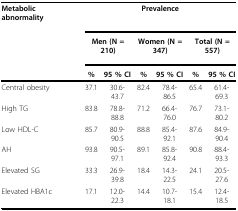
<table><thead><tr><td><b>Metabolic abnormality</b></td><td colspan="6"><b>Prevalence</b></td></tr><tr><td></td><td colspan="2"><b>Men (N = 210)</b></td><td colspan="2"><b>Women (N = 347)</b></td><td colspan="2"><b>Total (N = 557)</b></td></tr><tr><td></td><td><b>%</b></td><td><b>95 % CI</b></td><td><b>%</b></td><td><b>95 % CI</b></td><td><b>%</b></td><td><b>95 % CI</b></td></tr></thead><tbody><tr><td>Central obesity</td><td>37.1</td><td>30.6-43.7</td><td>82.4</td><td>78.4-86.5</td><td>65.4</td><td>61.4-69.3</td></tr><tr><td>High TG</td><td>83.8</td><td>78.8-88.8</td><td>71.2</td><td>66.4-76.0</td><td>76.7</td><td>73.1-80.2</td></tr><tr><td>Low HDL-C</td><td>85.7</td><td>80.9-90.5</td><td>88.8</td><td>85.4-92.1</td><td>87.6</td><td>84.9-90.4</td></tr><tr><td>AH</td><td>93.8</td><td>90.5-97.1</td><td>89.1</td><td>85.8-92.4</td><td>90.8</td><td>88.4-93.3</td></tr><tr><td>Elevated SG</td><td>33.3</td><td>26.9-39.8</td><td>18.4</td><td>14.3-22.5</td><td>24.1</td><td>20.5-27.6</td></tr><tr><td>Elevated HBA1c</td><td>17.1</td><td>12.0-22.3</td><td>14.4</td><td>10.7-18.1</td><td>15.4</td><td>12.4-18.5</td></tr></tbody></table>